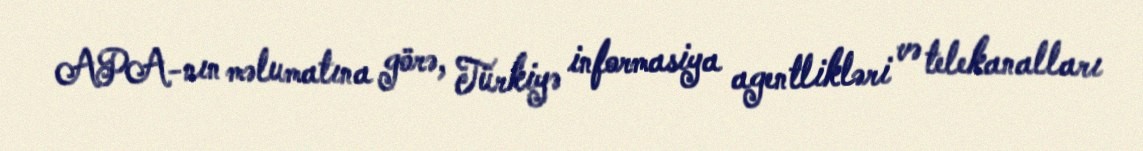
APA-nın məlumatına görə, Türkiyə informasiya agentlikləri və telekanalları